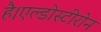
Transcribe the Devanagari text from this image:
है।एल्डोस्टीरोन